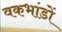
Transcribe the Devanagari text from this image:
वकभांडों